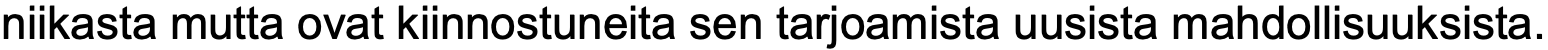
niikasta mutta ovat kiinnostuneita sen tarjoamista uusista mahdollisuuksista.